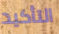
التأكيد